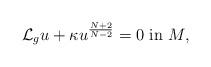
LaTeX: \begin{align*}\mathcal L_g u+\kappa u^{N+2\over N-2}=0\ \hbox{in}\ M,\end{align*}